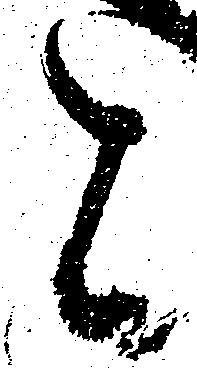
と